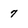
Character: 7